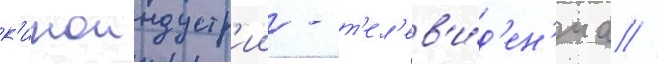
к'иноиндустр'ии - т'ел'ев'и́д'ен'иа //